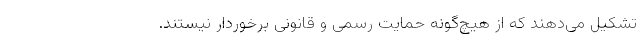
تشکیل می‌دهند که از هیچ‌گونه حمایت رسمی و قانونی برخوردار نیستند.